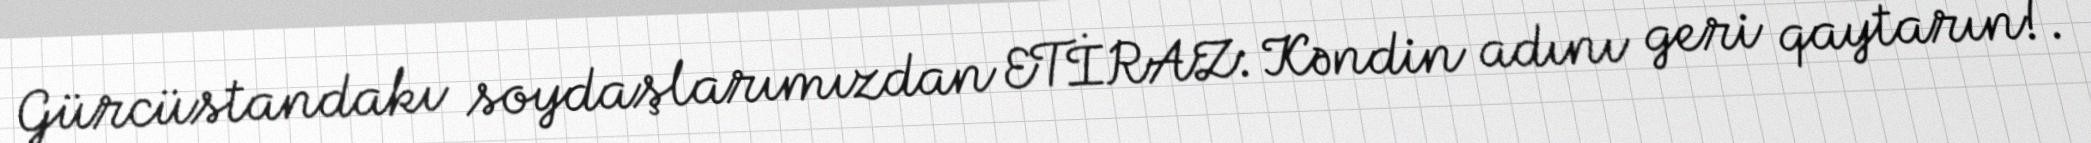
Gürcüstandakı soydaşlarımızdan ETİRAZ: Kəndin adını geri qaytarın!.